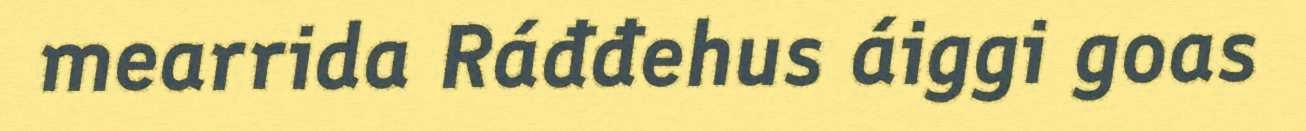
mearrida Ráđđehus áiggi goas